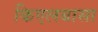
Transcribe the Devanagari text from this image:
किएलबासा